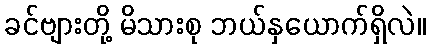
ခင်ဗျားတို့ မိသားစု ဘယ်နှယောက်ရှိလဲ။